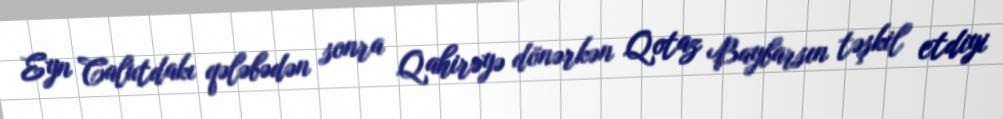
Eyn Calutdakı qələbədən sonra Qahirəyə dönərkən Qotaz Baybarsın təşkil etdiyi